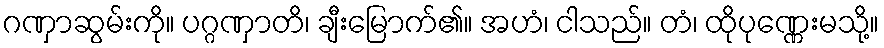
ဂဏှာဆွမ်းကို။ ပဂ္ဂဏှာတိ၊ ချီးမြောက်၏။ အဟံ၊ ငါသည်။ တံ၊ ထိုပုဏ္ဏေးမသို့။